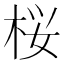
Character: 桜